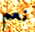
نعم